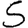
Digit: 5